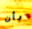
بأن